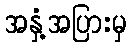
အနှံ့အပြားမှ